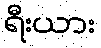
ရီးယား